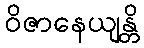
ဝိဇာနေယျန္တိ